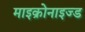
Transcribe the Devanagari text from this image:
माइक्रोनाइज्ड